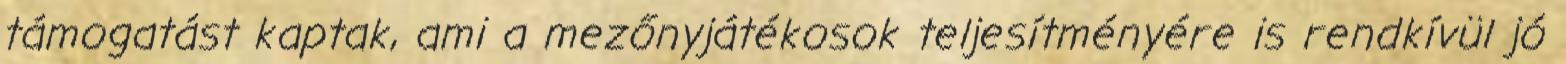
támogatást kaptak, ami a mezőnyjátékosok teljesítményére is rendkívül jó